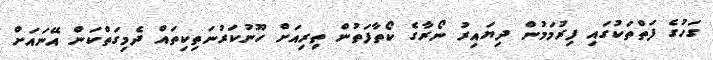
ގަހުގެ ފަތްތަކުގައި ފިރުމަމުން ދިޔައިރު ނޯރާގެ ކޯތާފަތުން ތިރިއަށް ހޫނުކަރުނަތިކިތައް ދެމިގަތްކަން އޭނައަށް